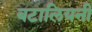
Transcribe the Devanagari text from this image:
बटालियनी